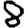
Digit: 8